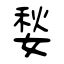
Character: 媝